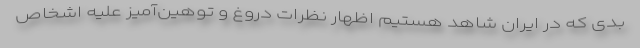
بدی که در ایران شاهد هستیم اظهار نظرات دروغ و توهین‌آمیز علیه اشخاص